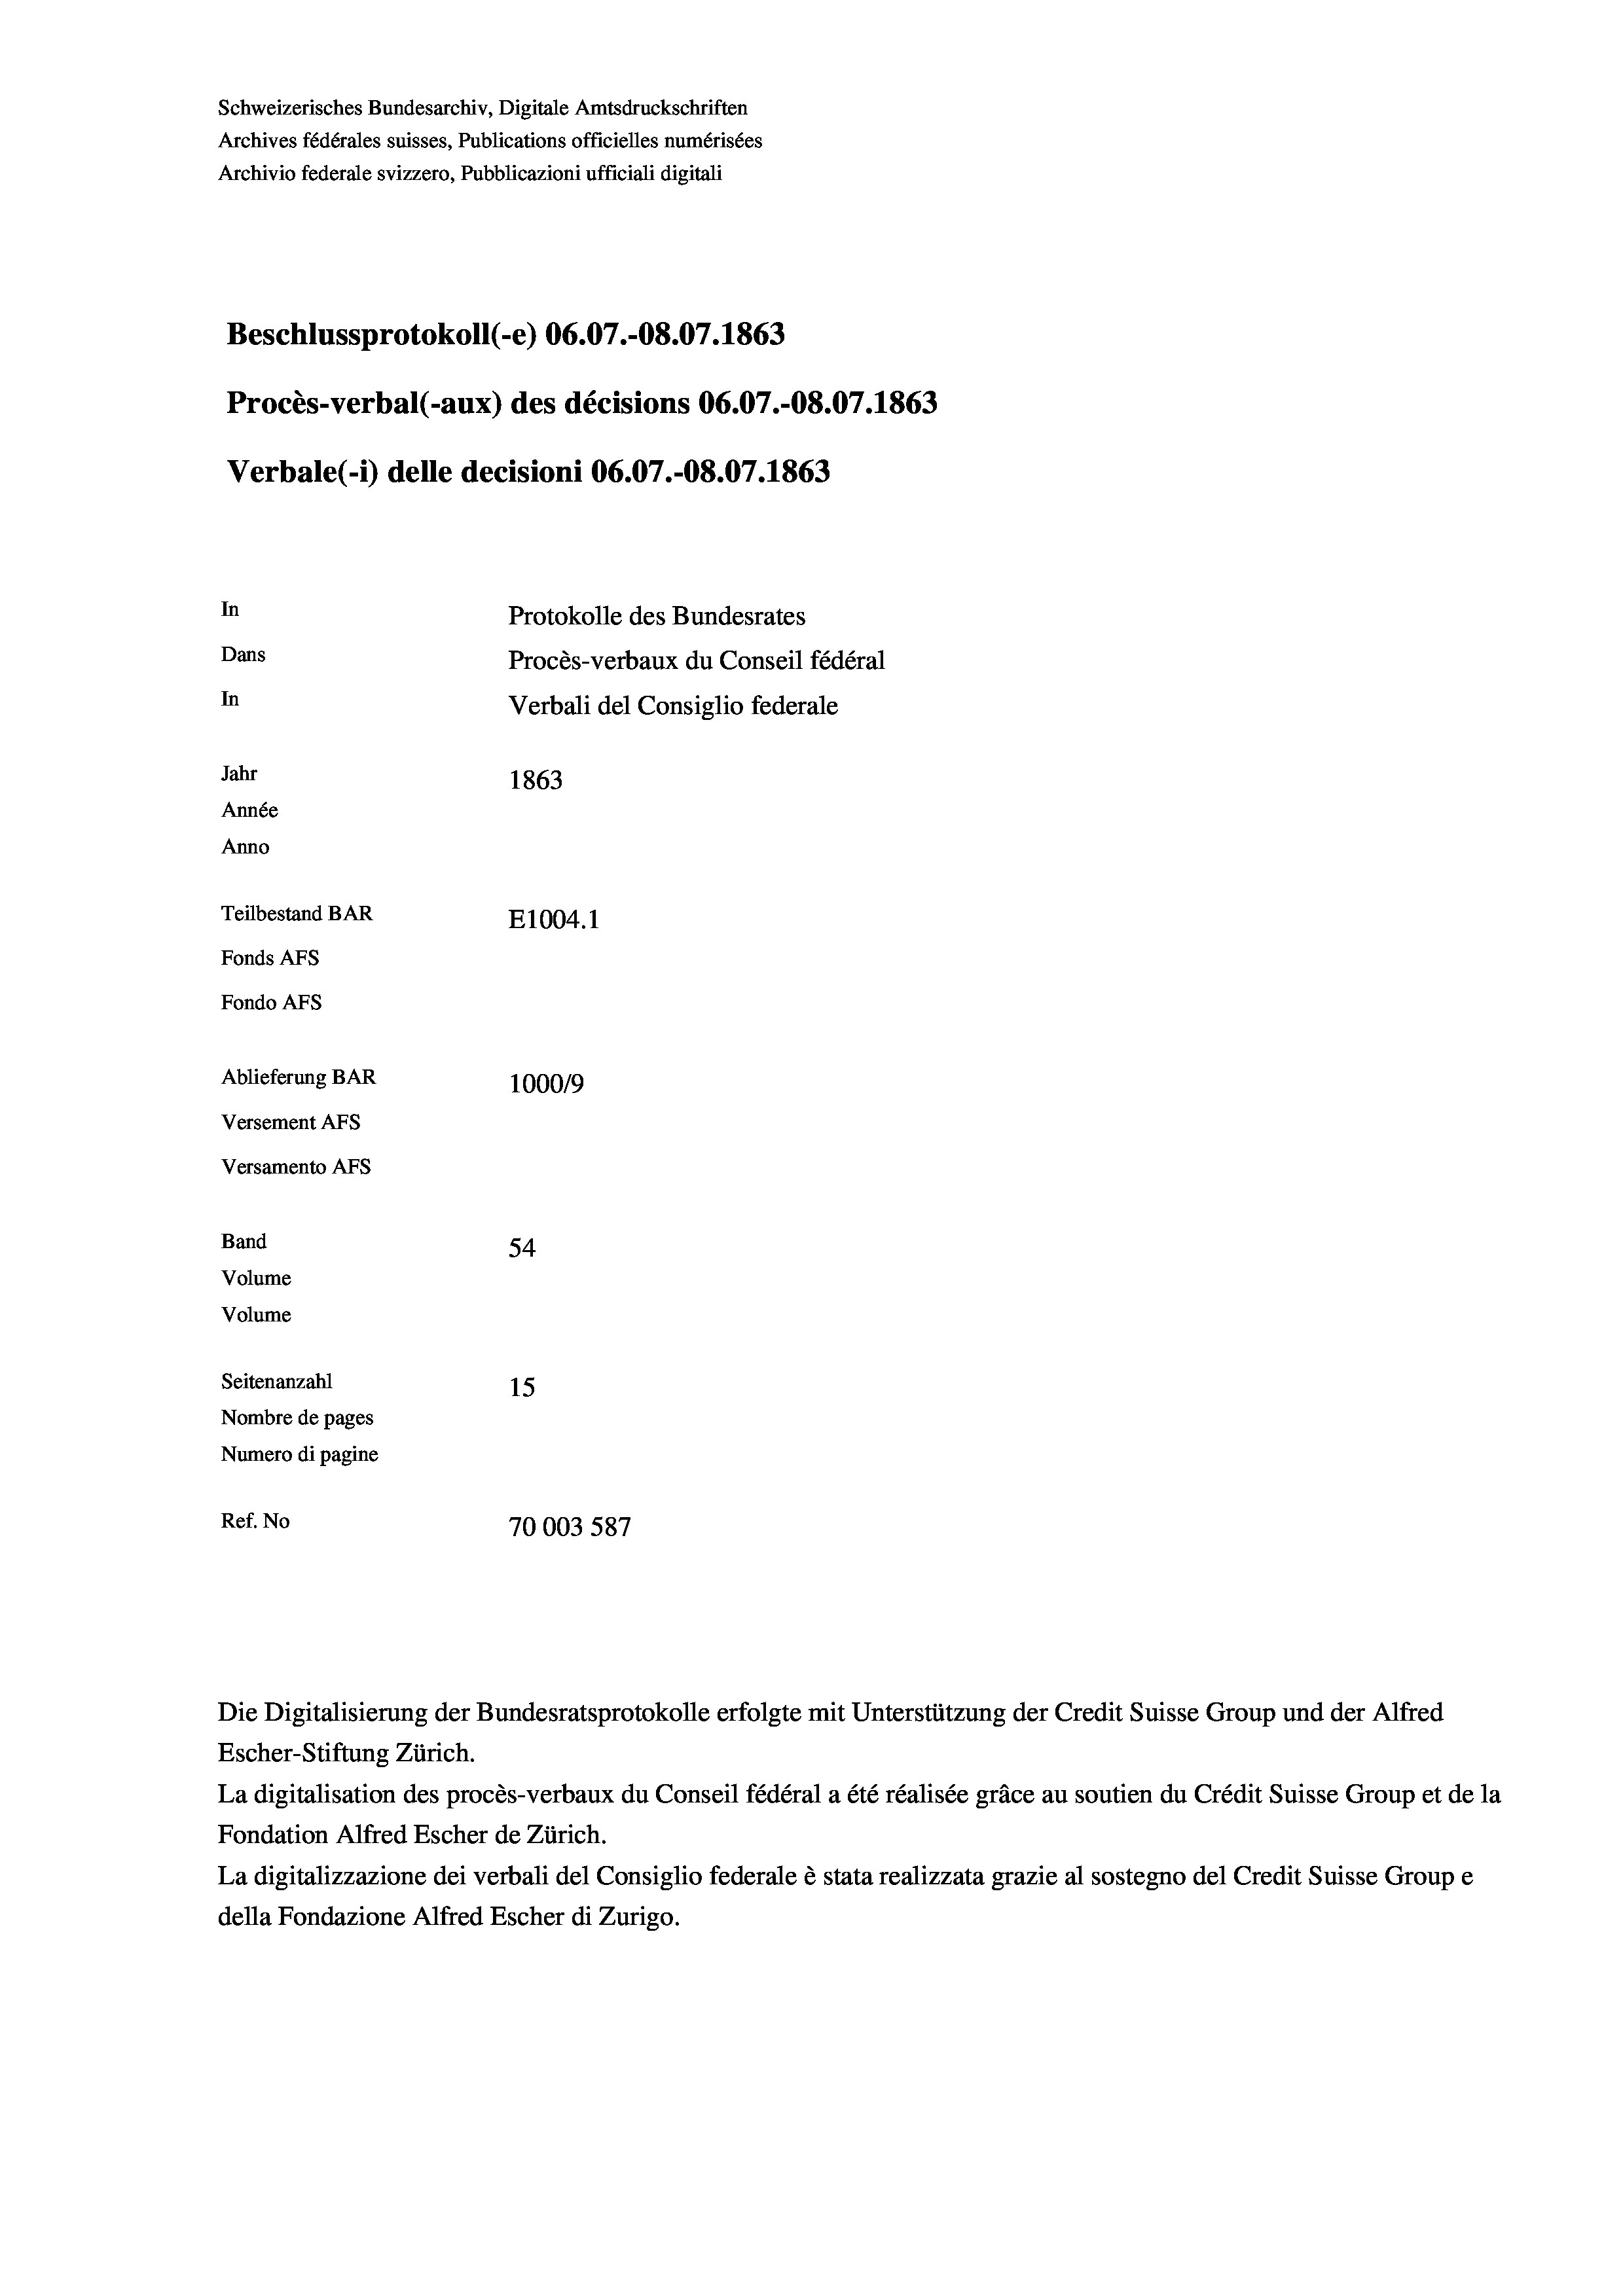
Schweizerisches Bundesarchiv, Digitale Amtsdruckschriften
Archives fédérales suisses, Publications officielles numérisées
Archivio federale svizzero, Pubblicazioni ufficiali digitali
Beschlussprotokoll (-e) 06.07.-O8.07. 1863
Procès-verbal (-aux) des décisions 06.07.-O8.07. 1863
Verbale(-*) delle decisioni 06.07.-O8.07. 1863
In
Protokolle des Bundesrates
Dans
Procès-verbaux du Conseil fédéral
In
Verbali del Consiglio federale
Jahr
1863
Année
Anno
Teilbestand BAR
E1004. 1
Fonds AFs
Fondo AFS

Ablieferung BAR
Versement AFs
Versamento AFs
Band
Volume
Volume
Seitenanzahl

54
15
Nombre de pages
Numero di pagine
Ref. No
70003 587

100019

Escher-Stiftung Zürich.
La digitalisation des procès-verbaux du Conseil fédéral a été réalisée gräce au soutien du Crédit Suisse Group et de la
Fondation Alfred Escher de Zürich.
La digitalizzazione dei verbali del Consiglio federale è stata realizzata grazie al sostegno del Credit Suisse Groupe
della Fondazione Alfred Escher di Zurigo.

Die Digitalisierung der Bundesratsprotokolle erfolgte mit Unterstützung der Credit Suisse Group und der Alfred